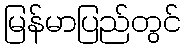
မြန်မာပြည်တွင်